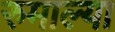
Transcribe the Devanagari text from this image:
रुमाल्या